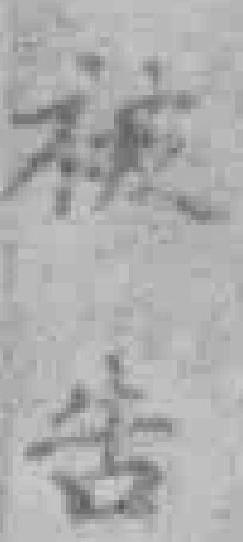
被告